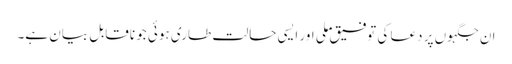
ان جگہوں پر دعا کی توفیق ملی اور ایسی حالت طاری ہوئی جو ناقابلِ بیان ہے۔